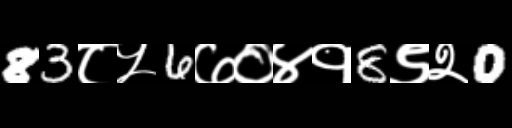
Text: 83८५6७०४१8९२0